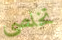
تخلصي